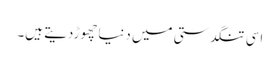
اسی تنگدستی میں دنیاچھوڑدیتے ہیں۔